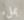
بملء